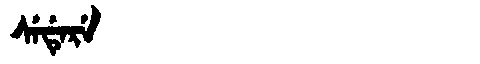
Manchu: ᠰᡝᡩᡝᡵᡝ
Romanization: SEDERE